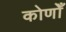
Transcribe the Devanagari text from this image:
कोणोँ